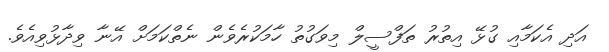
އަދި އެކަމާއި ގުޅޭ އިތުރު ތަފްސީލް މިވަގުތު ހާމަކުރެވެން ނެތްކަމަށް އޭނާ ވިދާޅުވިއެވެ.